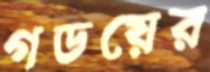
গডয়ের